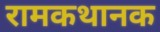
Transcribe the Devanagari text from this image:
रामकथानक